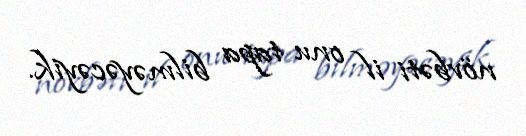
növbəti il onu tapa bilməyəcəyik.